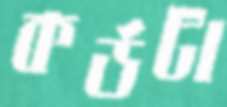
কর্ডটা